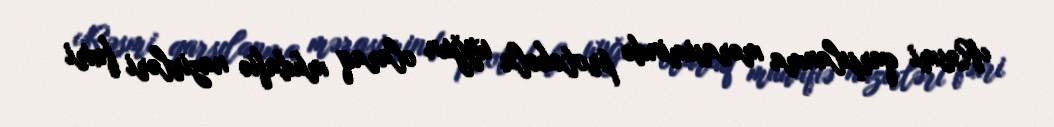
Rəsmi qarşılanma mərasimində protokola uyğun olaraq müdafiə nazirləri fəxri